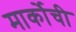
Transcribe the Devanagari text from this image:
मार्कोची